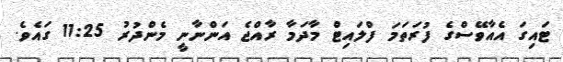
ޓައިގަ އެއާވޭސްގެ ފުރަތަމަ ފްލައިޓް މާދަމާ ރާއްޖެ އަންނާނީ މެންދުރު 11:25 ގައެވެ.